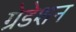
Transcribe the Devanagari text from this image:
ग्रेडेशन